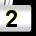
Digit: 2